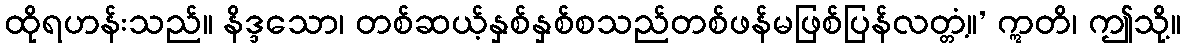
ထိုရဟန်းသည်။ နိဒ္ဒသော၊ တစ်ဆယ့်နှစ်နှစ်စသည်တစ်ဖန်မဖြစ်ပြန်လတ္တံ့။’ ဣတိ၊ ဤသို့။